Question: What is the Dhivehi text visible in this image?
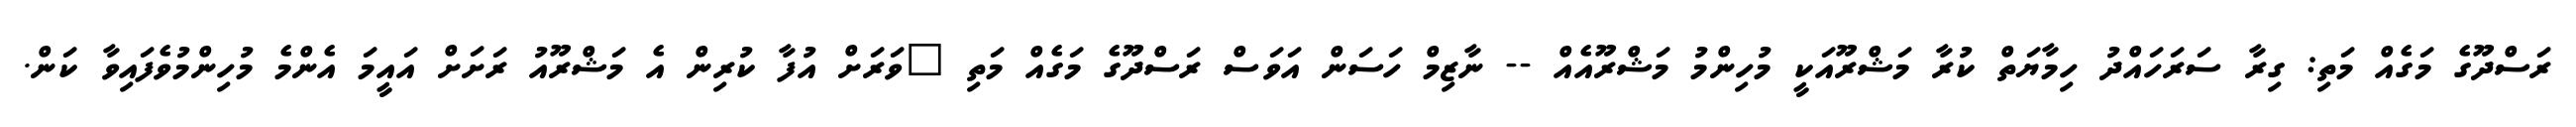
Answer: ރަސްދޫގެ މަގެއް މަތި: ގިރާ ސަރަހައްދު ހިމާޔަތް ކުރާ މަޝްރޫއަކީ މުހިންމު މަޝްރޫއެއް -- ނާޒިމް ހަސަން އަވަސް ރަސްދޫގެ މަގެއް މަތި "ވަރަށް އުފާ ކުރިން އެ މަޝްރޫއު ރަށަށް އައީމަ އެންމެ މުހިންމުވެފައިވާ ކަން.